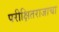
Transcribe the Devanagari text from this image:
परीक्षितराजाचा